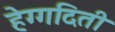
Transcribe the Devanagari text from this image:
हेग्गदिती